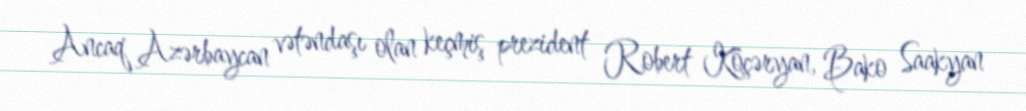
Ancaq Azərbaycan vətəndaşı olan keçmiş prezident Robert Köçəryan, Bako Saakyan